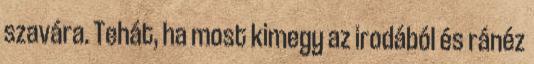
szavára. Tehát, ha most kimegy az irodából és ránéz